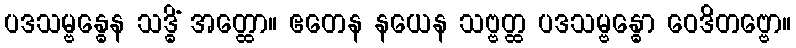
ပဒသမ္ဗန္ဓေန သဒ္ဓိံ အတ္ထော။ ဧတေန နယေန သဗ္ဗတ္ထ ပဒသမ္ဗန္ဓော ဝေဒိတဗ္ဗော။